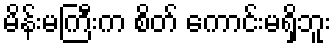
မိန်းမကြီးက စိတ် ကောင်းမရှိဘူး